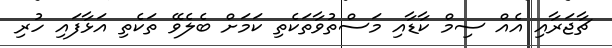
ޗާޖަރާއި އެއް ސިމް ކާޑާއި މަސްތުވާތަކެތި ކަމަށް ބެލެވޭ ތަކެތި އަޅާފައި ހުރި